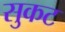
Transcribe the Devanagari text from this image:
सुकट